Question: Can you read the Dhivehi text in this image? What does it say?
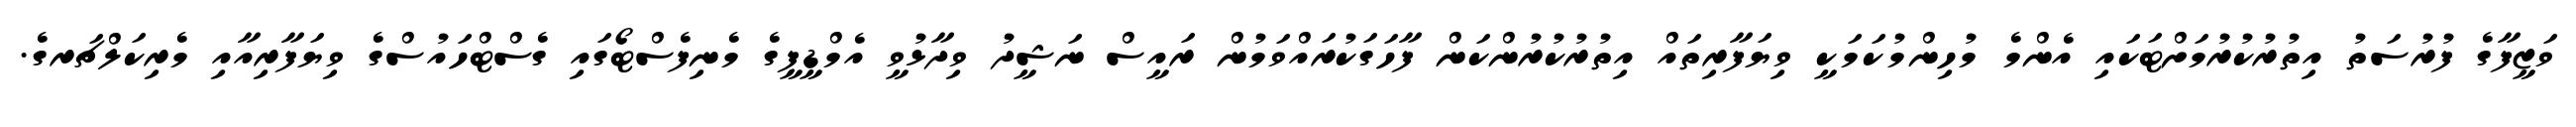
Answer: ވަޒީފާގެ ފުރުސަތު އިތުރުކުރުމަށްޓަކައި އެންމެ މުހިންމުކަމަކީ ވިޔަފާރިތައް އިތުރުކުރުންކަން ފާހަގަކުރައްވަމުން ރައީސް ނަޝީދު ވިދާޅުވީ އެމްޑީޕީގެ މެނިފެސްޓޯގައި ގެސްޓްހައުސްގެ ވިޔަފާރިއާއި މެރިކަލްޗަރގެ.